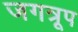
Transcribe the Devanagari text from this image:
जगत्रूप